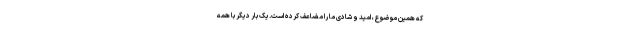
که همین موضوع، امید و شادی ما را مضاعف کرده است.یک بار دیگر با همه